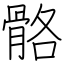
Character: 骼